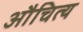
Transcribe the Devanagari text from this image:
औचित्‍य